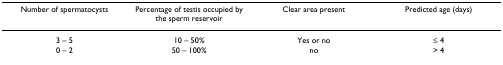
<table><thead><tr><td><b>Number of spermatocysts</b></td><td><b>Percentage of testis occupied by the sperm reservoir</b></td><td><b>Clear area present</b></td><td><b>Predicted age (days)</b></td></tr></thead><tbody><tr><td>3 – 5</td><td>10 – 50%</td><td>Yes or no</td><td>≤ 4</td></tr><tr><td>0 – 2</td><td>50 – 100%</td><td>no</td><td>&gt; 4</td></tr></tbody></table>